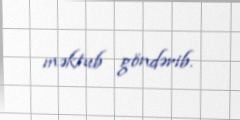
məktub göndərib.